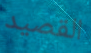
القصيد